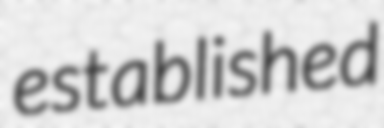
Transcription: established